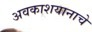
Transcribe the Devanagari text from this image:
अवकाशयानाचे